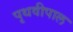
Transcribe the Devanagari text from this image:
पृथवीपाल